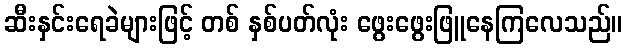
ဆီးနှင်းရေခဲများဖြင့် တစ် နှစ်ပတ်လုံး ဖွေးဖွေးဖြူနေကြလေသည်။